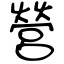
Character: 營